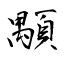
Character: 顒